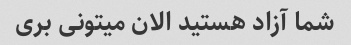
شما آزاد هستید الان میتونی بری